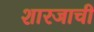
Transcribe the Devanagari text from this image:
शारजाची